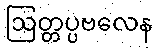
ဩတ္တပ္ပဗလေန